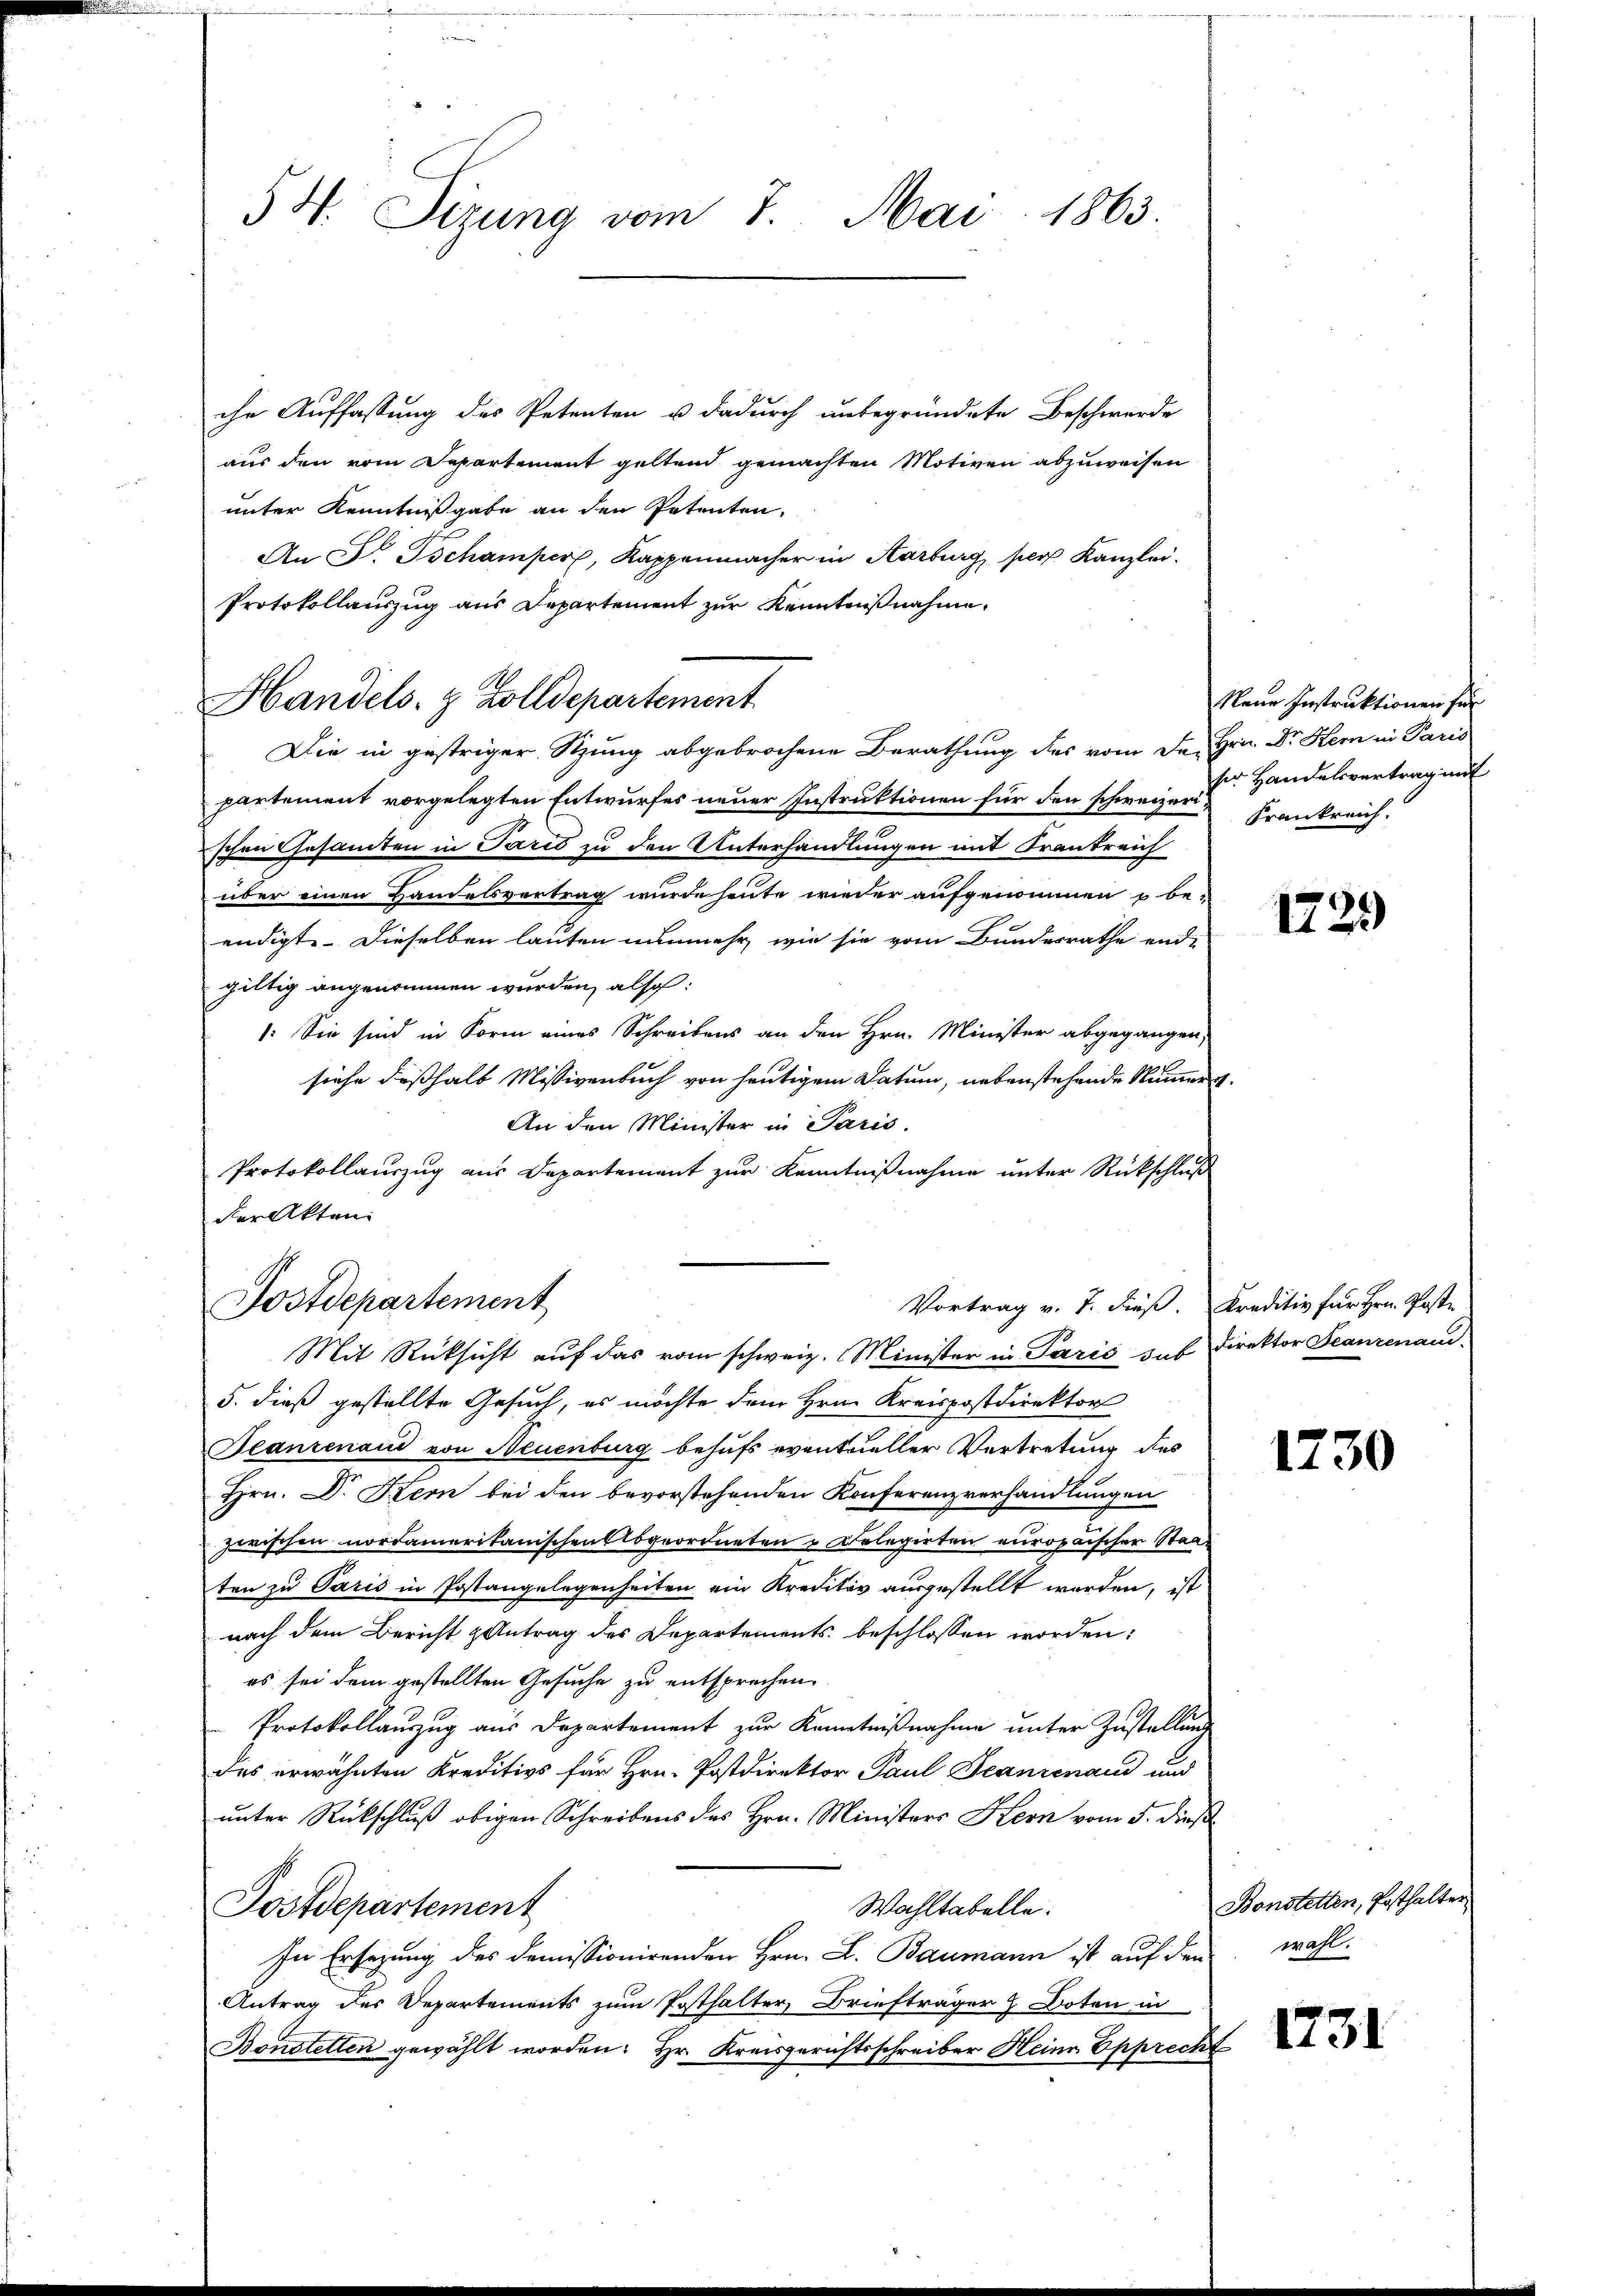
54. Sizung vom 7. Mai 1863.

ihr Auffassung des Petenten u dadurch unbegründete Beschwerde
aus den vom Departement geltend gemachten Motiven abzuweisen
unter Kenntnißgabe an den Petenten,
An Dr. Tschamper, Kappenmacher in Aarburg, pers Kanzlei.
Protokollauszug aus Departement zur Kenntnißnahme.
Handels- & Zolldepartement
Die in gestriger Sitzung abgebrochene Berathung des vom Dr. Hrn. Dr. Hern in Paris
partement vorgelegten Entwurfes neuer Instruktionen für den schweizerischen Gesamten in Paris zu den Unterhandlungen mit Frankreich
über einen Handelsvertrag wurde heute wieder aufgenommen u be-
endigte. Dieselben lauten nunmehr, wie sie vom Bunderrathe end-
gültig angenommen wurden, also:
1: Sie sind in Form eines Schreibens an den Hrn. Minister abgegangen,
siehe desshalb Missivenbuch von heutigem Datum, nebenstehende Numert.
An den Minister in Paris.
Protokollauszug aus Departement zur Kenntnißnahme unter Rückschluß
der Akten.
Postdepartement
Vortrag v. J. dieß. Kreditiv für Hrn. Poste
Mit Rücksicht auf das vom schweiz. Minister in Paris sub Direktor Franzenau
5. dieß gestellte Gesuch, es möchte dem Hrn. Kreispostdirektor
Deanzenau von Neuenburg behufs eventueller Vertretung dies
Hrn. Dr. Kern bei den bevorstehenden Konferenzverhandlungen
zwischen nordamerikanischen Abgeordneten u Kolegirten europaischer Staaten zu Paris in Postangelegenheiten ein Kreditiv ausgestellt worden, ist
nach dem Bericht & Antrag des Departements beschlossen worden:
es sei dem gestellten Gesuche zu entsprechen.
Protokollauszug aus Departement zur Kenntnißnahme unter Zustellung
des erwähnten Kreditivs für Hrn. Postdirektor Paul Franzenau und
unter Rückschluß obigen Schreibens des Hrn. Ministers Hern vom 5. dieß
Wahltabelle.
Postdepartement
In Ersezung des demissionirenden Hrn. L. Baumann ist auf den
Antrag des Departements zum Posthalter, Briefträger  Doten in
Bonstetten gewählt worden. Hr. Kreisgerichtsschreiber Heinr Epprecht

Neue Instruktionen für
ser Handelsvertrag mit
Frankreich.

1229

1730

Bonstetten, Posthalter
wahl.

1731